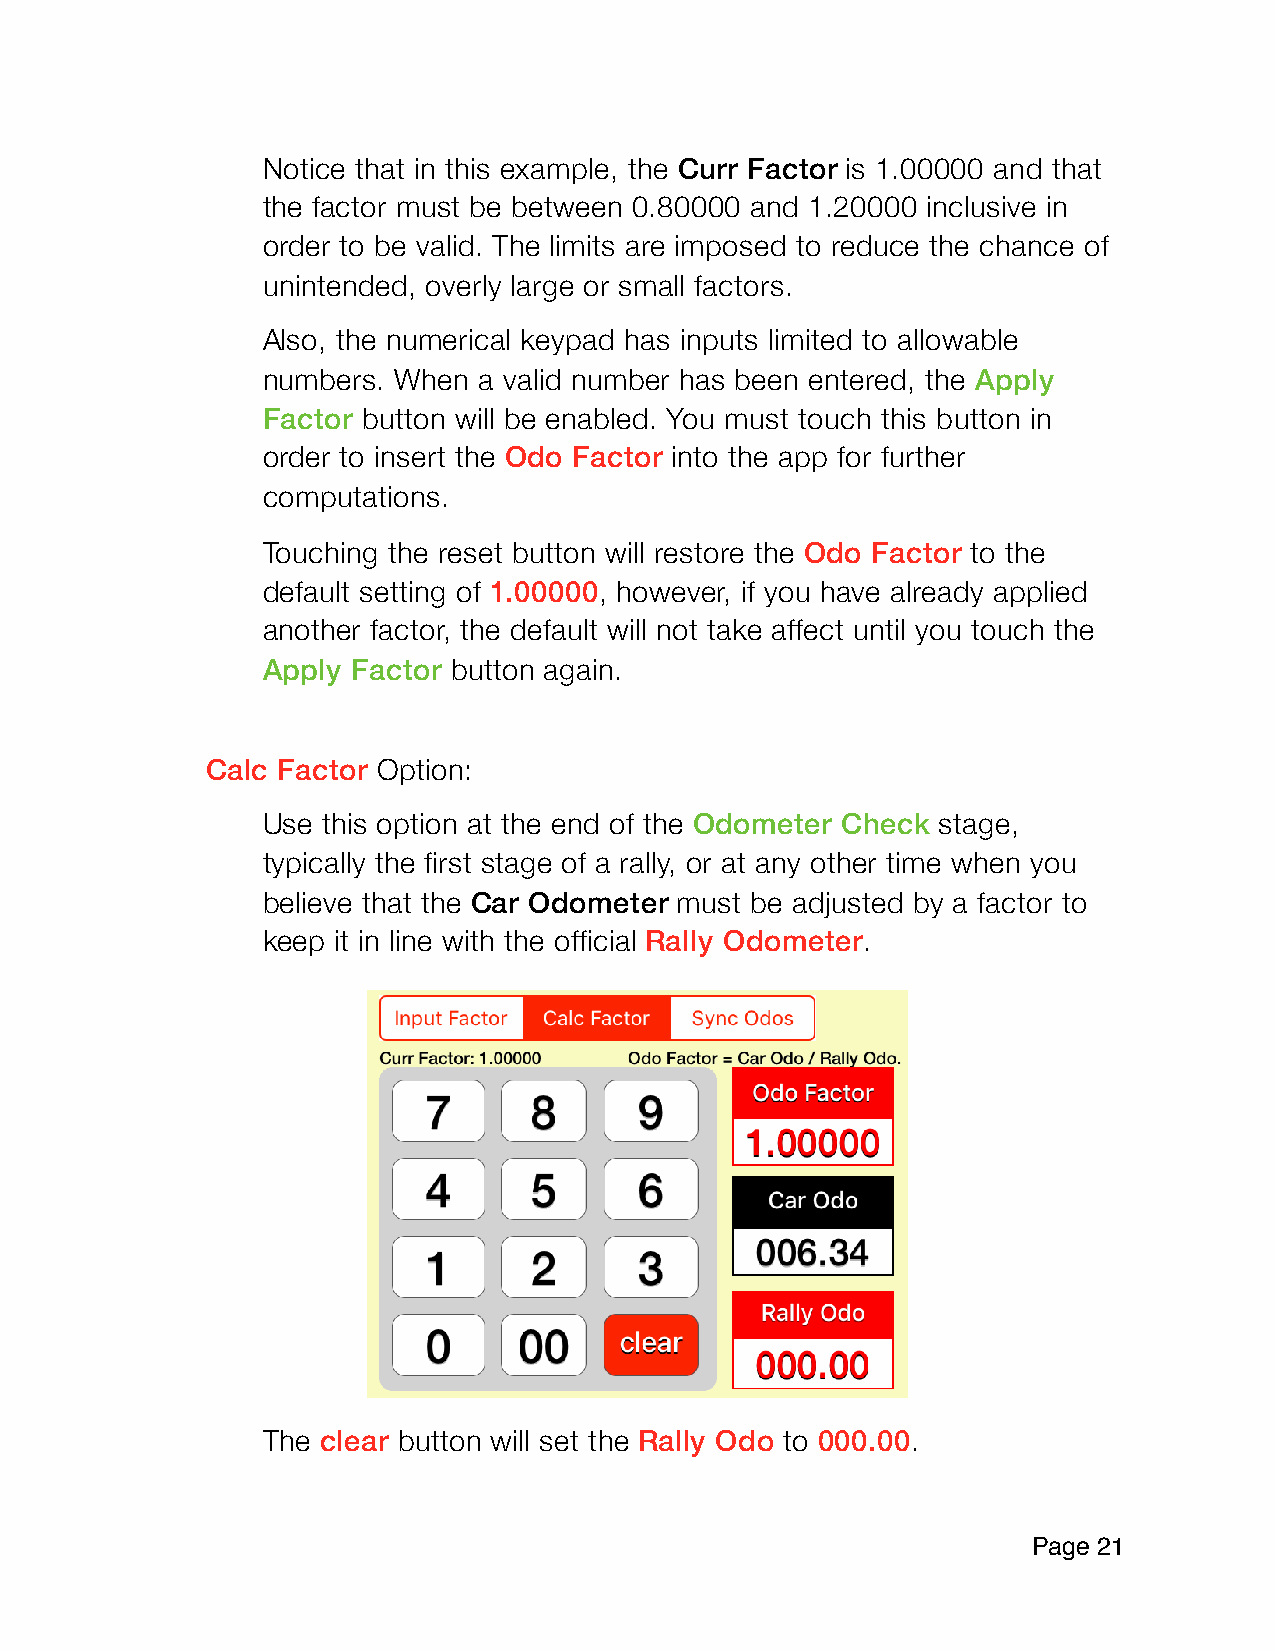
Notice that in this example, the Curr Factor is 1.00000 and that
 the factor must be between 0.80000 and 1.20000 inclusive in
 order to be valid. The limits are imposed to reduce the chance of
 unintended, overly large or small factors.
 Also, the numerical keypad has inputs limited to allowable
 numbers. When  a valid number has been entered, the Apply
 Factor button will be enabled. You must touch this button in
 order to insert the Odo Factor into the app for further
 computations.
 Touching the reset button will restore the Odo Factor to the
 default setting of 1.00000, however, if you have already applied
 another factor, the default will not take affect until you touch the
 Apply Factor button again.
 Calc Factor Option:
 Use this option at the end of the Odometer Check stage,
 typically the first stage of a rally, or at any other time when you
 believe that the Car Odometer must be adjusted by a factor to
 keep it in line with the official Rally Odometer.
 The clear button will set the Rally Odo to 000.00.
 Page 2 1